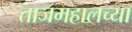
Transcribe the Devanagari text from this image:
ताजमहालच्या